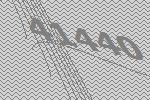
41440